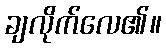
ချလိုက်လေ၏။